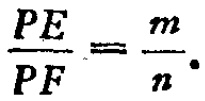
$\frac{PE}{PF}=\frac{m}{n}.$